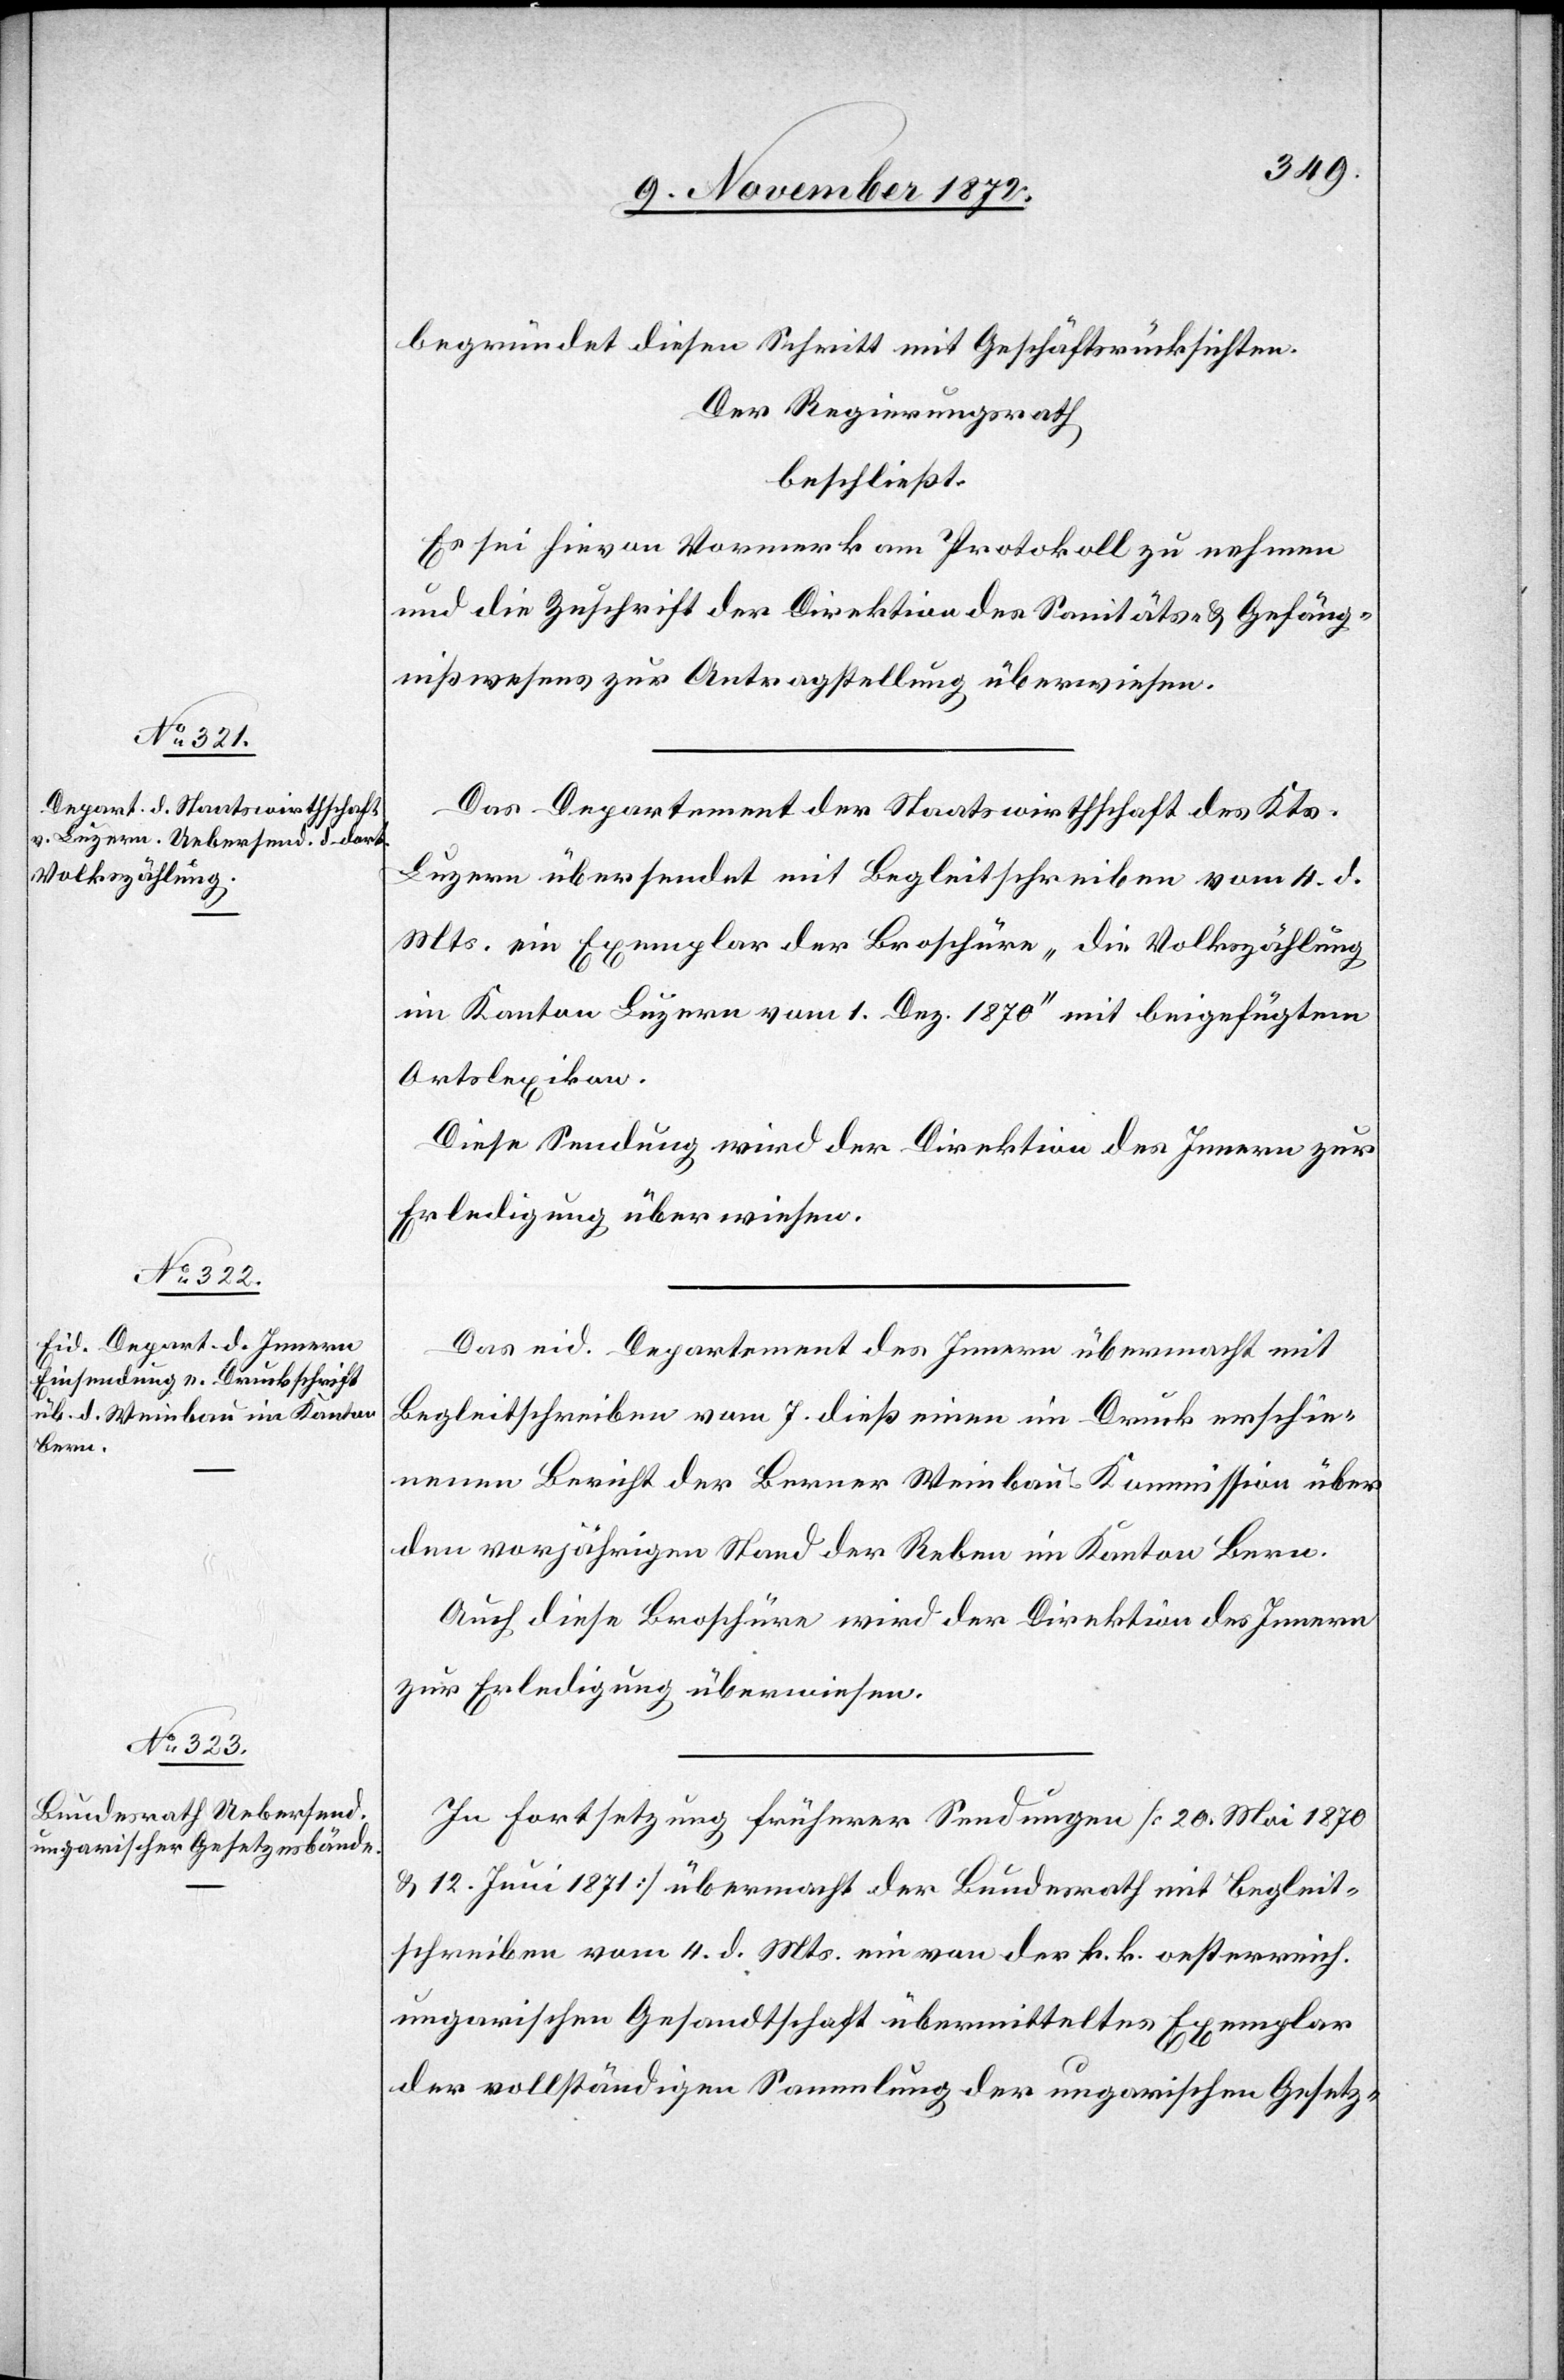
begründet diesen Schritt mit Geschäftsrücksichten.
Der Regierungsrath
beschließt:
Es sei hievon Vormerk am Protokoll zu nehmen
und die Zuschrift der Direktion des Sanitäts- u. Gefäng¬
nißwesens zur Antragstellung überwiesen.
Das Departement der Staatswirthschaft des Kts.
Luzern übersendet mit Begleitschreiben vom 4. d.
Mts. ein Exemplar der Broschüre „die Volkszählung
im Kanton Luzern vom 1. Dez. 1870“ mit beigefügtem
Ortslexikon.
Diese Sendung wird der Direktion des Innern zur
Erledigung überwiesen.
Das eid. Departement des Innern übermacht mit
Begleitschreiben vom 7. dieß einen im Druck erschie¬
nenen Bericht der Bernern Weinbau-Kommission über
den vorjährigen Stand der Reben im Kanton Bern.
Auch diese Broschüre wird der Direktion des Innern
zur Erledigung überwiesen.
In Fortsetzung früherer Sendungen [20. Mai 1870
u. 12. Juni 1871] übermacht der Bundesrath mit Begleit¬
schreiben vom 4. d. Mts. ein von der k. k. oesterreich.
ungarischen Gesandtschaft übermitteltes Exemplar
der vollständigen Sammlung der ungarischen Gesetz-